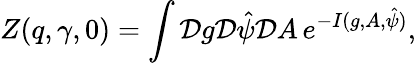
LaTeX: Z(q,\gamma,0)=\int{\cal D}g{\cal D}{\hat{\psi}}{\cal D}A\, e^{-I(g,A,{\hat{\psi}})},